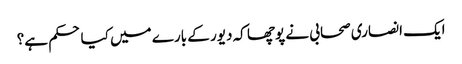
ایک انصاری صحابی نے پوچھا کہ دیور کے بارے میں کیا حکم ہے؟